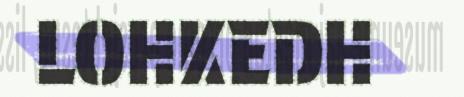
LOHKEDH